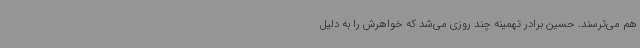
هم می‌ترسند. حسین برادر تهمینه چند روزی می‌شد که خواهرش را به دلیل